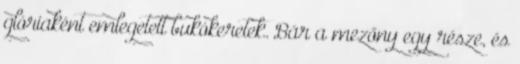
glóriaként emlegetett bukókeretek. Bár a mezőny egy része, és